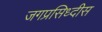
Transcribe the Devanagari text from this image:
जगप्रसिध्दीस